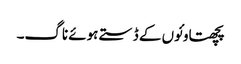
پچھتاو ئوں کے ڈستے ہوئے ناگ۔